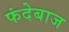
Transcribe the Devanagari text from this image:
फंदेबाज